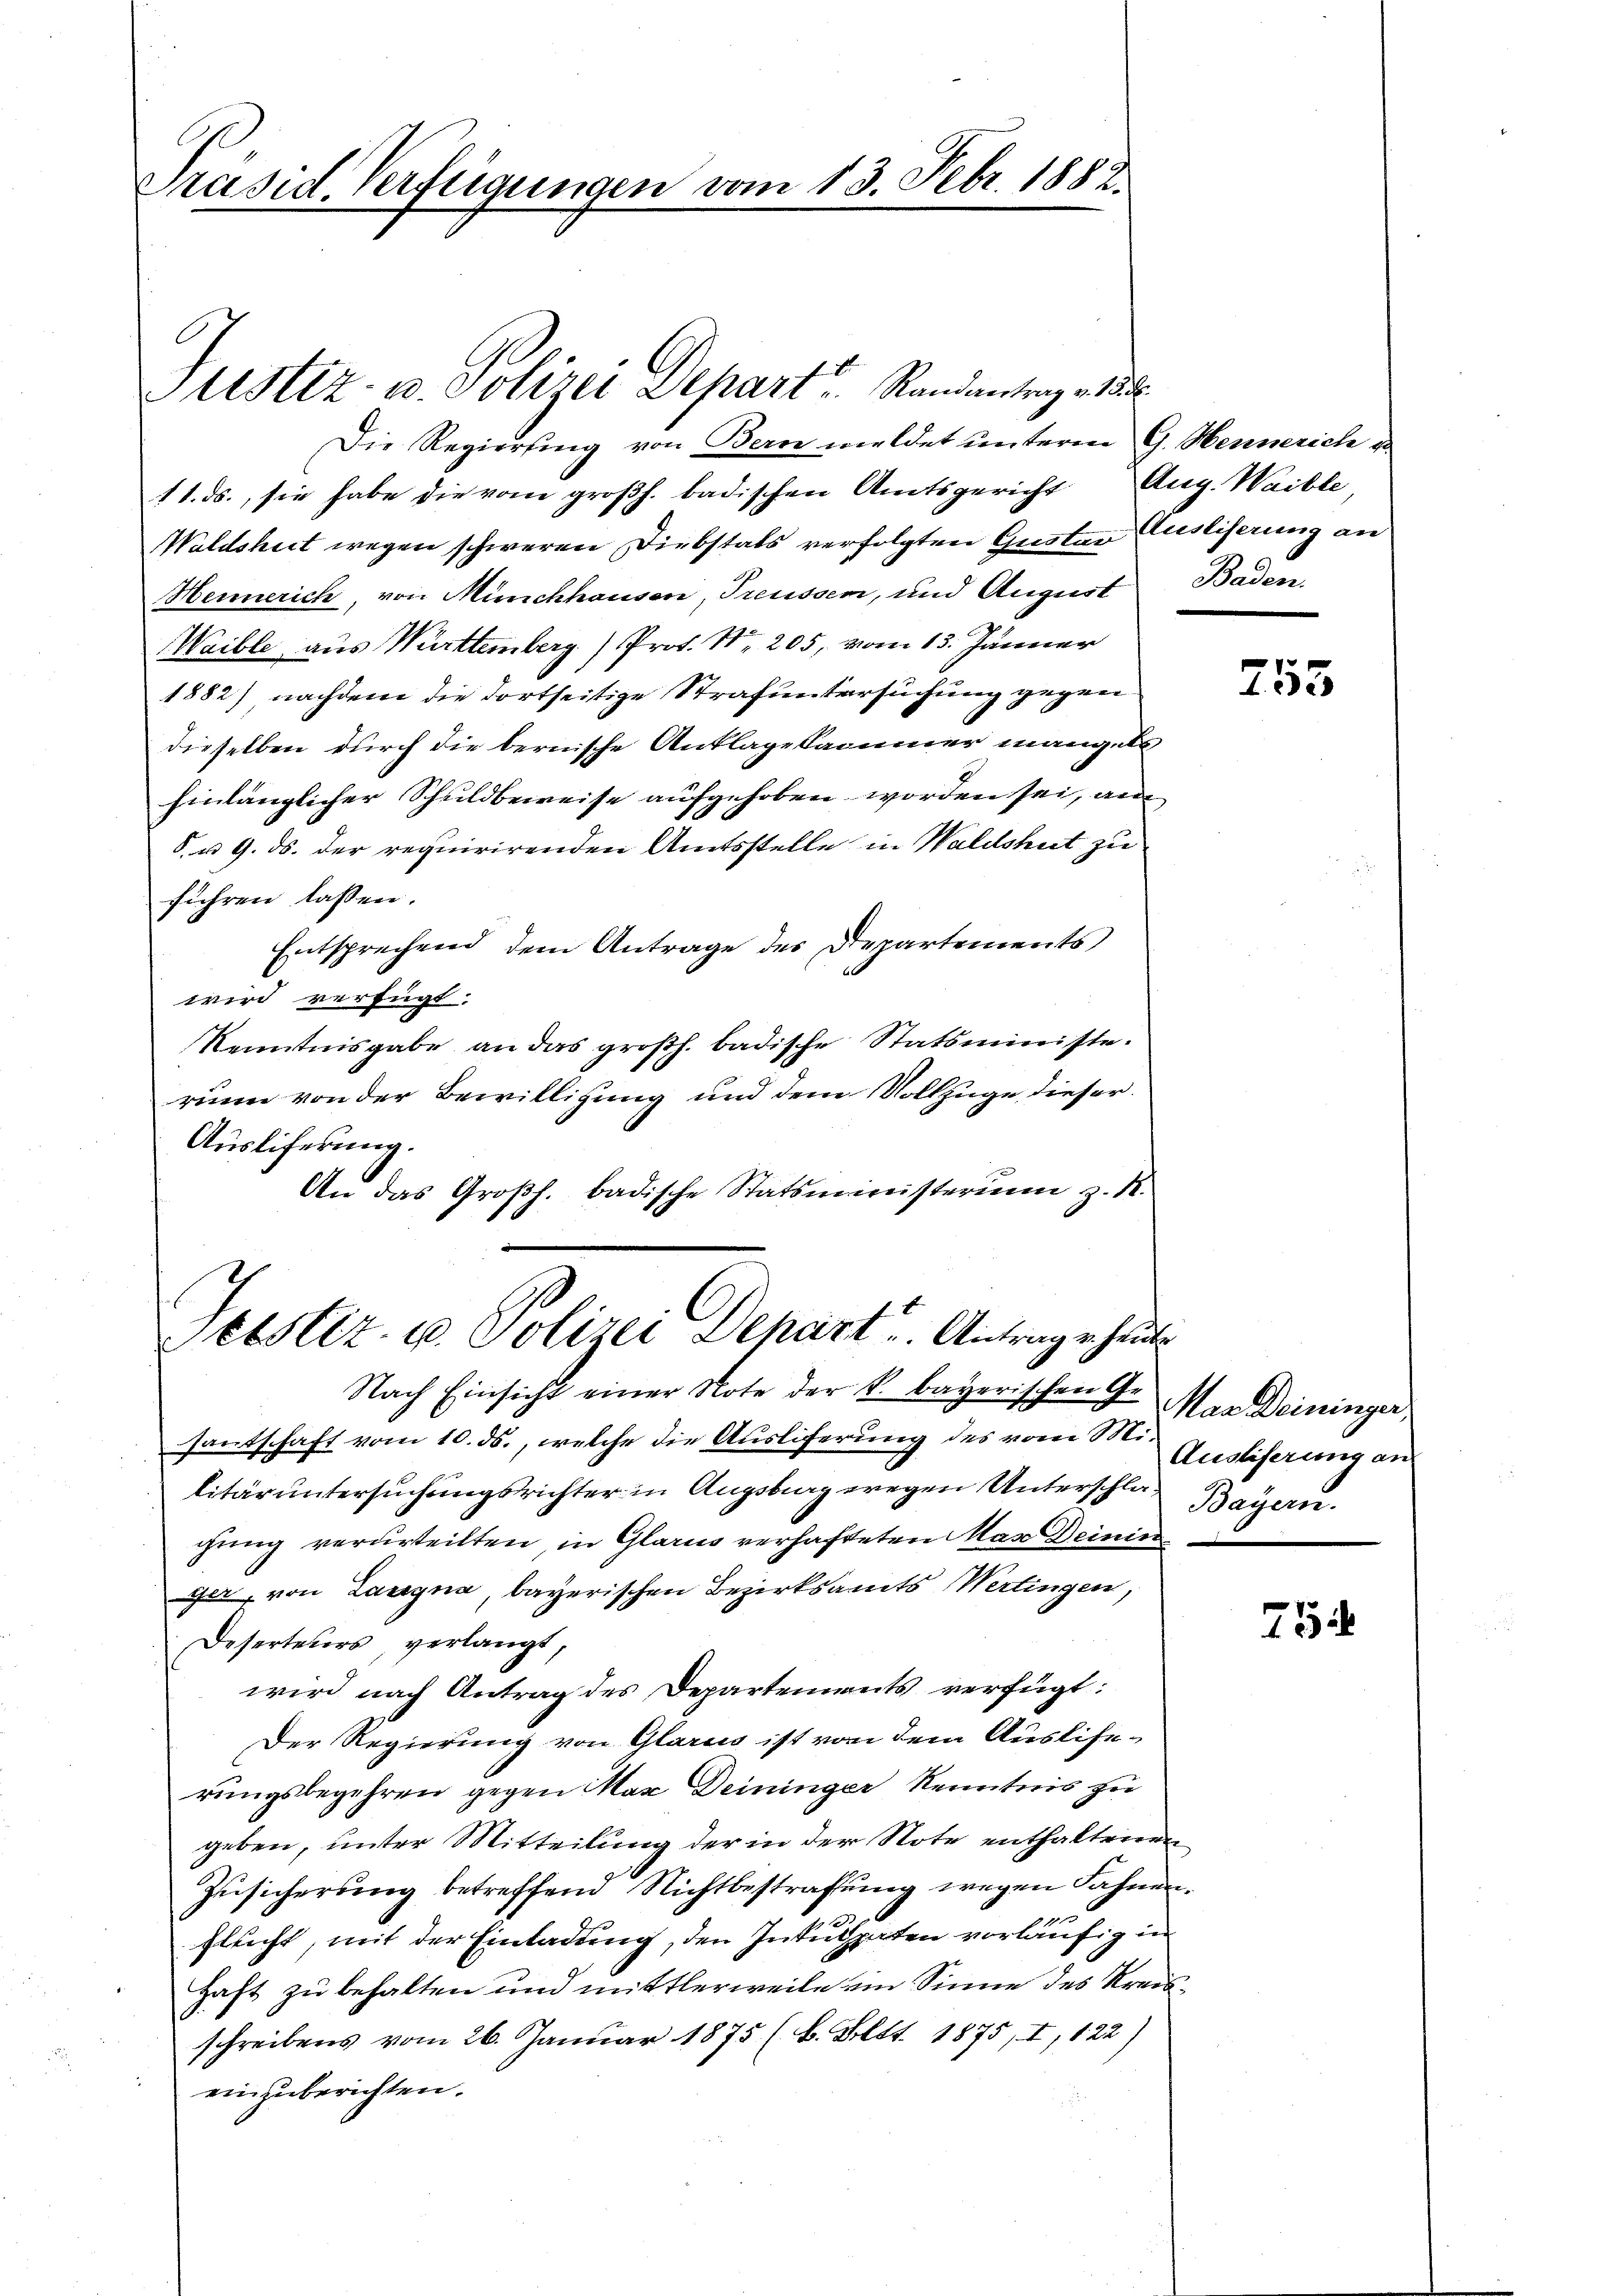
Präsid. Verfügungen vom 13. Febr. 1882.

Die Regierung von Bern meldet unterm G. Mennerich u.
11. ds., sie habe die vom großh. badischen Amtsgericht Aug. Waible
Waldshut wegen schweren Diebstals verfolgten Guster Auslieferung an
Hennerich, von Münchhausen, Treussen, und August Baden,
Waible aus Württemberg) Prof. S. 205, vom 13. Jänner
1882) nachdem die dortseitige Strafuntersuchung gegen
dieselben durch die bernische Anklage kammer mangele
hinlänglicher Schuldbeweise aufgehoben worden sei, au
8. u. 9. ds. der requirirenden Amtsstelle in Waldshut zu
führen lassen.
Entsprechend dem Antrage des Departements
wird verfügt.
Kenntnisgabe an das großh. badische Statsministe.
runn von der Bewilligung und dem Vollzuge dieser
Ausliferung.
An das Großh. badische Statsministerium z. R.

Justiz- u. Polizei Depart Randantrag v. a.

Scostiz u. Polizei Dehart Antrage heute
Nach Einsicht einer Note der k. bayerischen Ge-

santschaft vom 10. ds., welche die Ausliferung des vom Militär untersuchungsrichter in Augsburg wegen Unterschlagung verurteilten in Glarus verhafteten Mag Deinin
ger, von Langna, bayerischen Bezirksamts Wertingen,
Deserteurs, verlangt,
wird nach Antrag des Departements verfügt:
Der Regierung von Glarus ist von dem Ausliserungsbegehren gegen Max Deininger Kenntnis zu
geben, unter Mitteilung der in der Note enthaltenen
Zusicherung betreffend Nichtbestrafung wegen Fahnen.
flucht, mit der Einladung, den Inkulpaten vorläufig in
haft zu behalten und mittlerweile im Sinne des Kreisschreibens vom 26. Januar 1875 (k. Bett. 1875, I, 122)
einzuberichten.

255

Mar Deininger
Ausliferung an
Bayern.